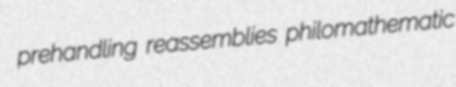
prehandling reassemblies philomathematic